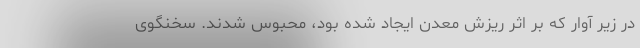
در زیر آوار که بر اثر ریزش معدن ایجاد شده بود، محبوس شدند. سخنگوی